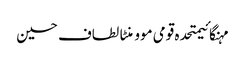
مہنگائیمتحدہ قومی موومنٹالطاف حسین